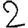
Digit: 2